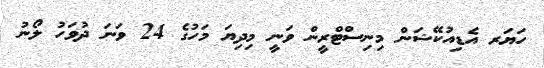
ހަޔަރ އެޑިއުކޭޝަން މިނިސްޓްރީން ވަނީ މިދިޔަ މަހުގެ 24 ވަނަ ދުވަހު ލޯނު